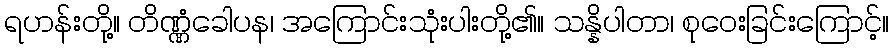
ရဟန်းတို့။ တိဏ္ဏံခေါပန၊ အကြောင်းသုံးပါးတို့၏။ သန္နိပါတာ၊ စုဝေးခြင်းကြောင့်။